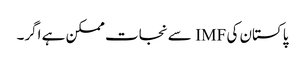
پاکستان کی IMF سے نجات ممکن ہے اگر۔